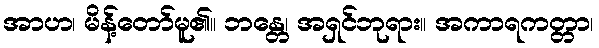
အာဟ၊ မိန့်တော်မူ၏။ ဘန္တေ၊ အရှင်ဘုရား။ အကာရကတ္တာ၊